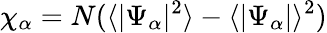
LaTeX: \chi_{\alpha}=N(\langle|\Psi_{\alpha}|^{2}\rangle-\langle|\Psi_{\alpha}|\rangle^{2})